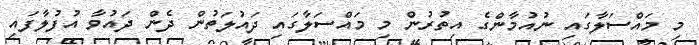
މި މައްސަލާގައި ނުއުމާންގެ އިތުރުން މި މައްސަލާގައި ދައުލަތުން ދެން ދައުވާ އުފުލާފައި